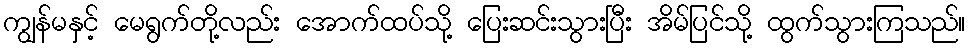
ကျွန်မနှင့် မေရွက်တို့လည်း အောက်ထပ်သို့ ပြေးဆင်းသွားပြီး အိမ်ပြင်သို့ ထွက်သွားကြသည်။